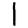
Digit: 1